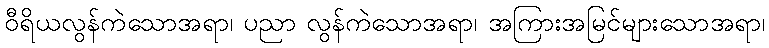
ဝီရိယလွန်ကဲသောအရာ၊ ပညာ လွန်ကဲသောအရာ၊ အကြားအမြင်များသောအရာ၊